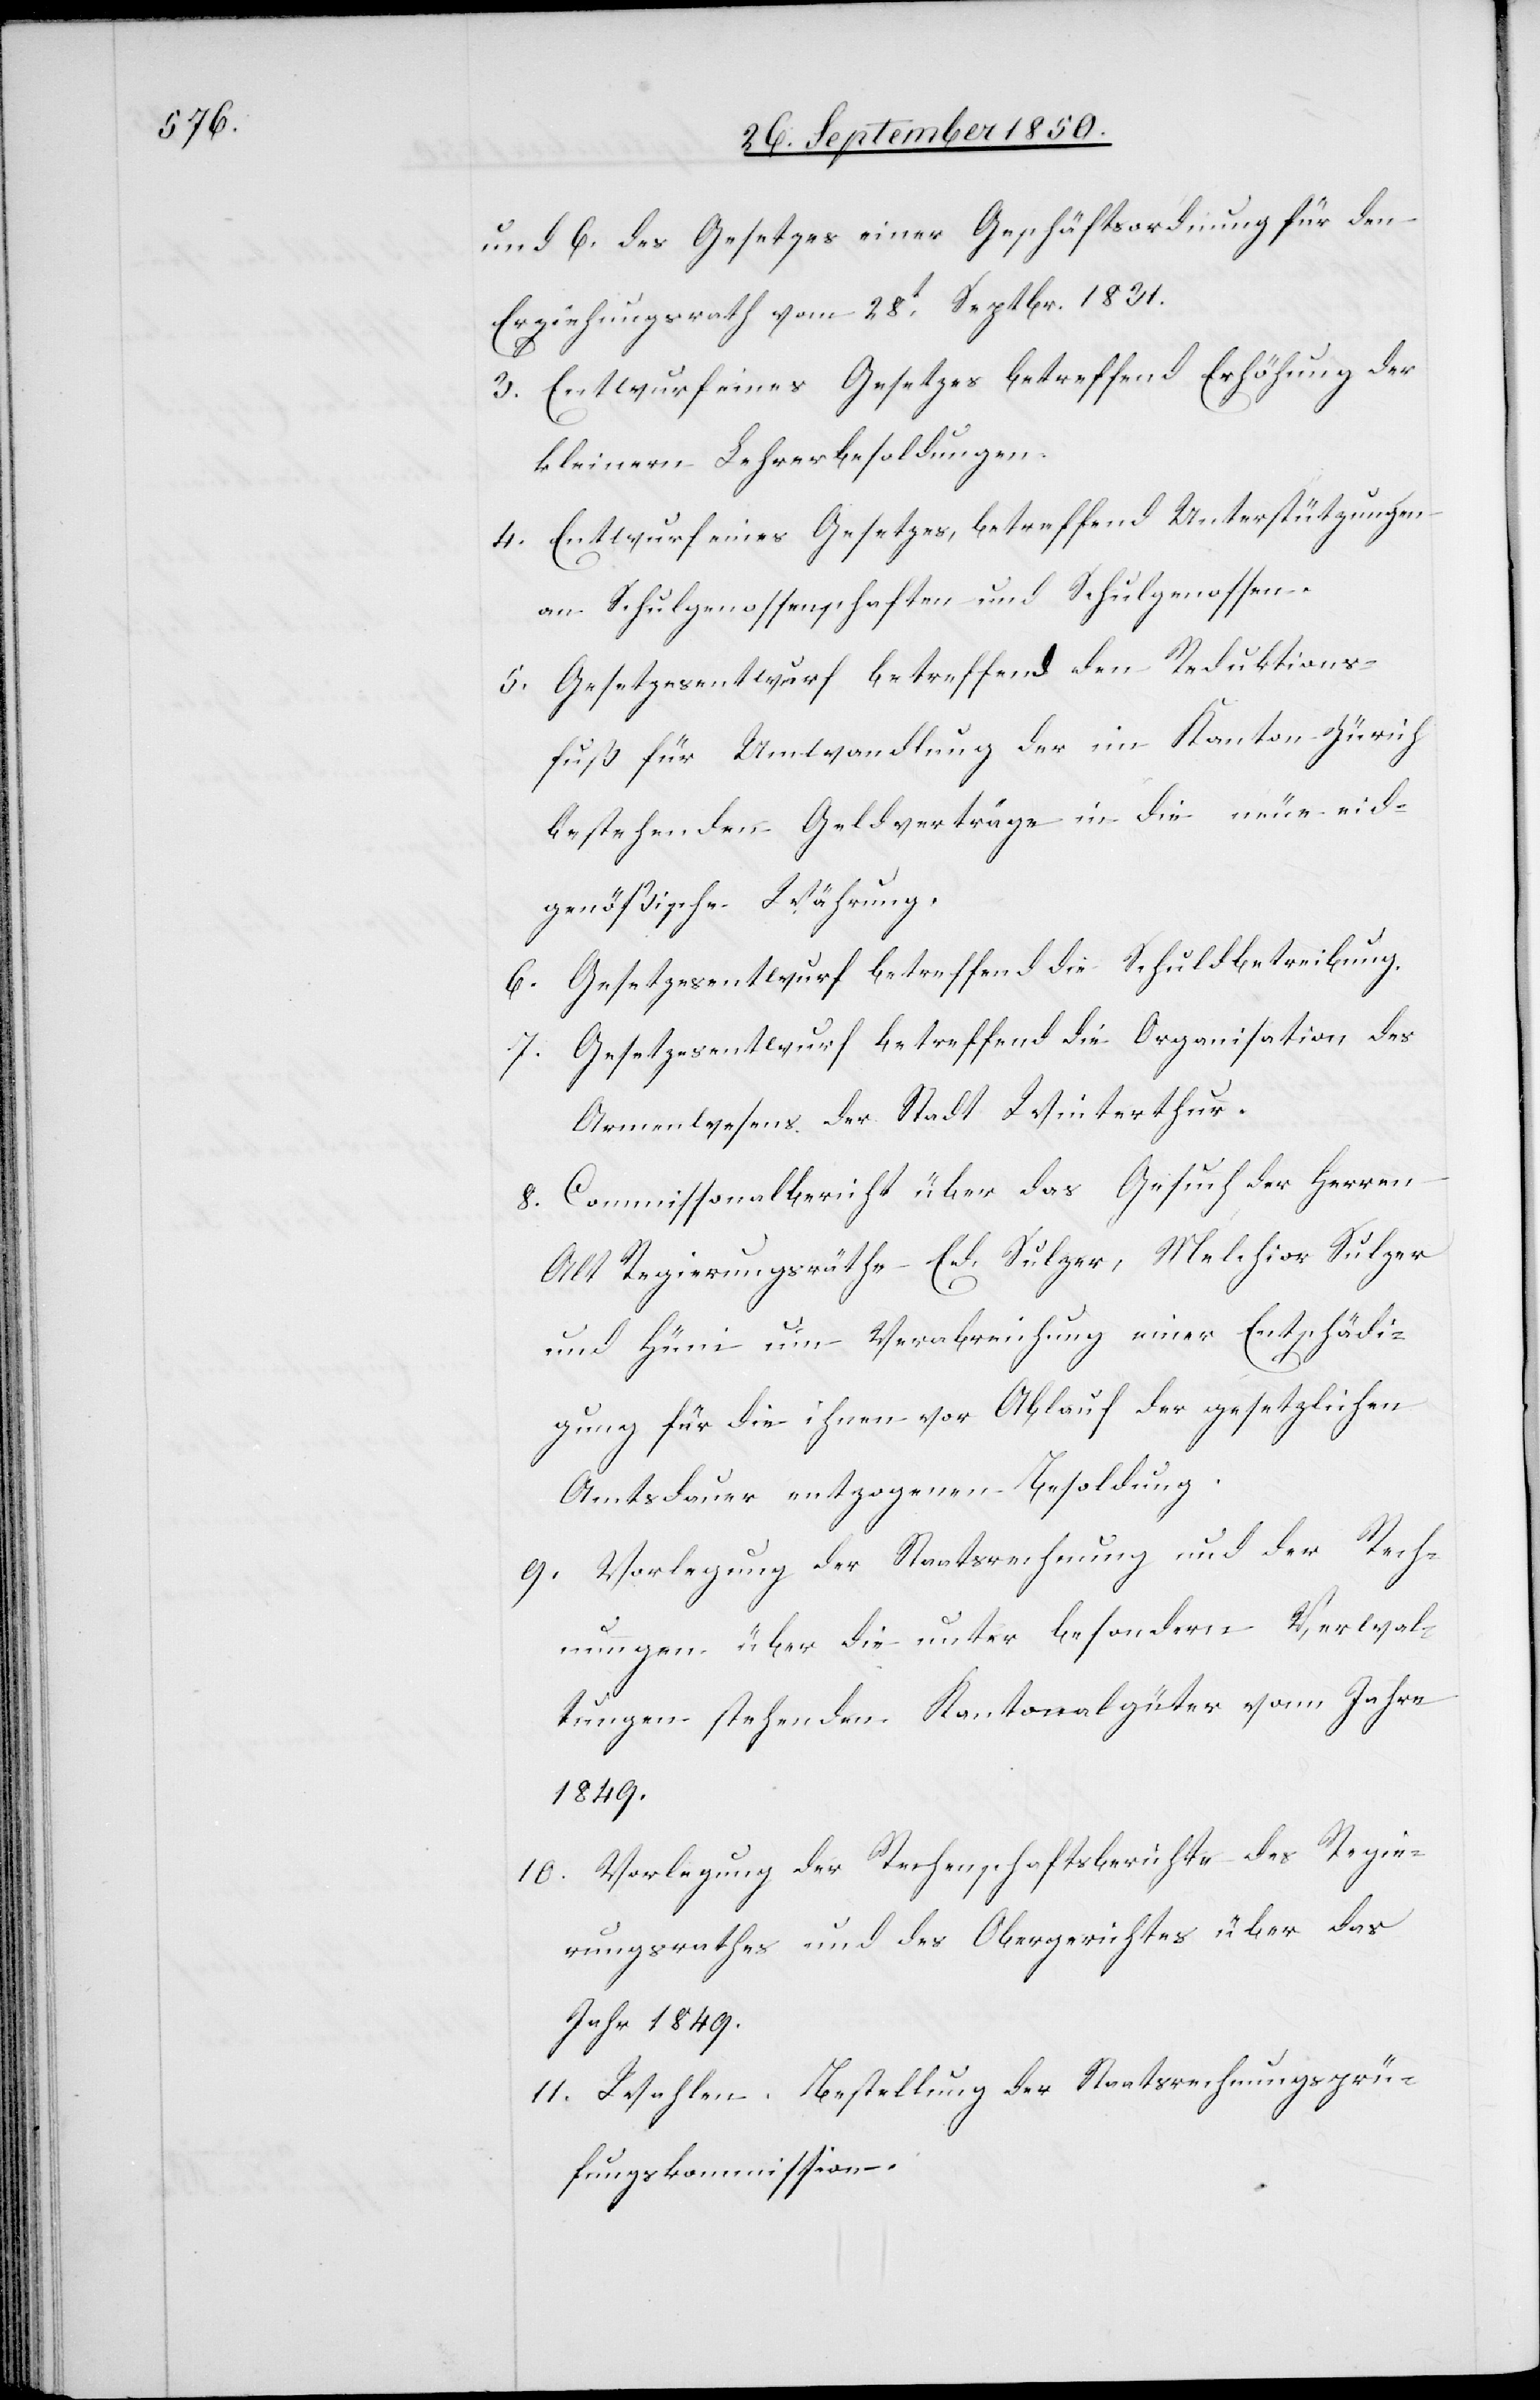
und 6. des Gesetzes einer Geschäftsordnung für den
Erziehungsrath vom 28t Septbr. 1831.
3. Entwurf eines Gesetzes betreffend Erhöhung der
kleinern Lehrerbesoldungen.
4. Entwurf eines Gesetzes, betreffend Unterstützungen
an Schulgenossenschaften und Schulgenossen.
5. Gesetzesentwurf betreffend den Reduktions¬
fuß für Umwandlung der im Kanton Zürich
bestehenden Geldverträge in die neue eid¬
genößische Währung.
6. Gesetzesentwurf betreffend die Schuldbetreibung.
7. Gesetzesentwurf betreffend die Organisation des
Armenwesens der Stadt Winterthur.
8. Commissionalbericht über das Gesuch der Herren
Alt Regierungsräthe Ed. Sulzer, Melchior Sulzer
und Hüni um Verabreichung einer Entschädi¬
gung für die ihnen vor Ablauf der gesetzlichen
Amtsdauer entzogenen Besoldung.
9. Vorlegung der Staatsrechnung und der Rech¬
nungen über die unter besondern Verwal¬
tungen stehenden Kantonalgüter vonn [recte:
10. Vorlegung der Rechenschaftsberichte des Regie¬
rungsrathes und des Obergerichtes über das
Jahr 1849.
11. Wahlen. Bestellung der Staatsrechnungsprü¬
fungskommission.